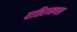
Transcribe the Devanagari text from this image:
पातिरामणल